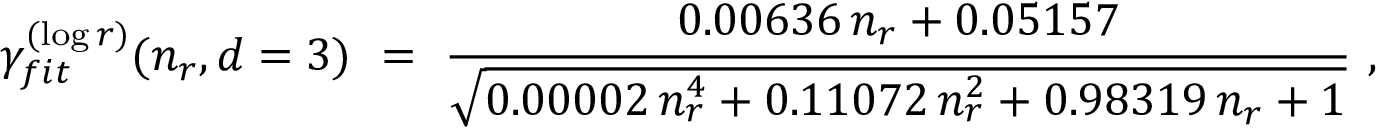
\gamma _ { f i t } ^ { ( \log r ) } ( n _ { r } , d = 3 ) \ = \ \frac { 0 . 0 0 6 3 6 \, n _ { r } + 0 . 0 5 1 5 7 } { \sqrt { 0 . 0 0 0 0 2 \, n _ { r } ^ { 4 } + 0 . 1 1 0 7 2 \, n _ { r } ^ { 2 } + 0 . 9 8 3 1 9 \, n _ { r } + 1 } } \ ,